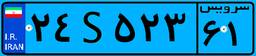
۲۴S۵۲۳۶۱